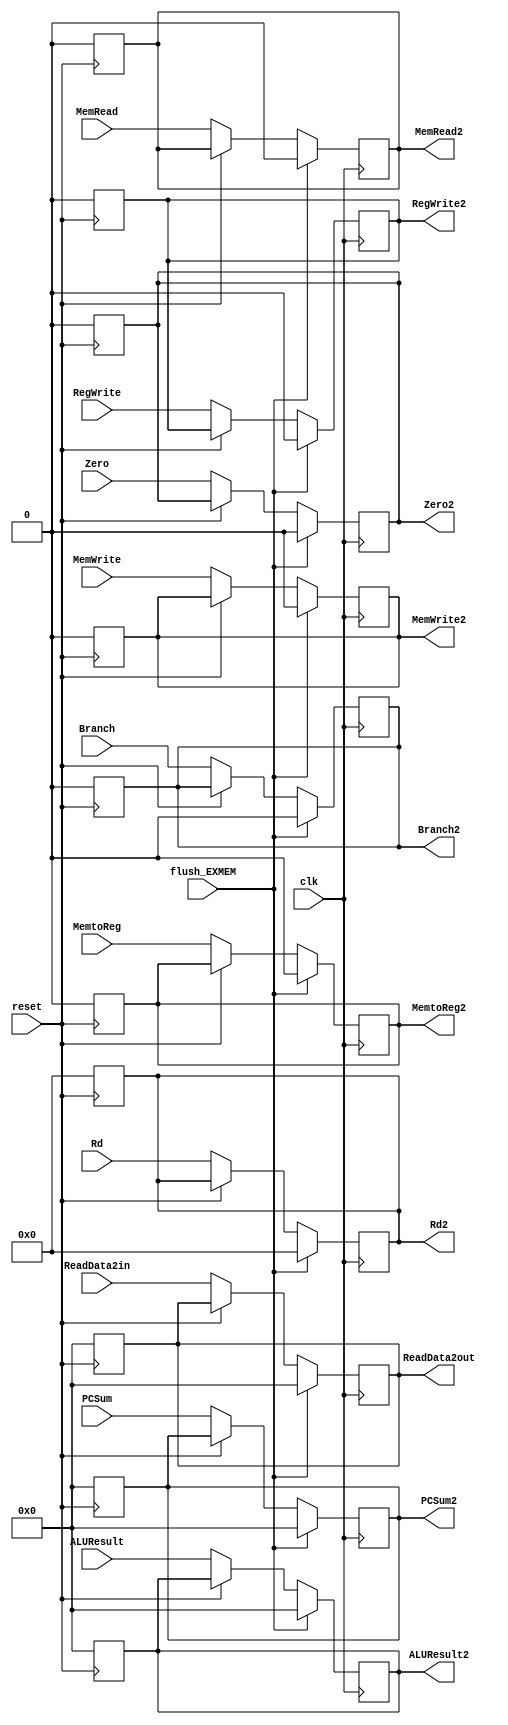
module EX_MEM
(
	input [63:0] PCSum,
	output reg [63:0] PCSum2,
	input [63:0] ALUResult,
	output reg [63:0] ALUResult2,
	input [63:0] ReadData2in,
	output reg [63:0] ReadData2out,
	input clk, reset, flush_EXMEM,
	input Branch, MemRead, MemtoReg, MemWrite, RegWrite, Zero,
	output reg Branch2, MemRead2, MemtoReg2, MemWrite2, RegWrite2, Zero2,
	input [4:0] Rd,
	output reg [4:0] Rd2
);

	always@(posedge clk)
	begin
		if (flush_EXMEM == 1'b1)
		begin
			PCSum2 <= 0;
			ALUResult2 <= 0;
			ReadData2out <= 0;
			Branch2 <= 0;
			MemtoReg2 <= 0;
			MemWrite2 <= 0;
			MemRead2 <= 0;
			RegWrite2 <= 0;
			Rd2 <= 0;
			Zero2 <= 0;
		end
		else
		begin
		if(reset == 1'b0)
		begin
		PCSum2 <= PCSum;
		ALUResult2 <= ALUResult;
		ReadData2out <= ReadData2in;
		Branch2 <= Branch;
		MemtoReg2 <= MemtoReg;
		MemWrite2 <= MemWrite;
		MemRead2 <= MemRead;
		RegWrite2 <= RegWrite;
		Rd2 <= Rd;
		Zero2 <= Zero;
		end
		end
	end
	
	always@(posedge reset)
	begin
		if(reset == 1'b1)
		begin
			PCSum2 <= 0;
			ALUResult2 <= 0;
			ReadData2out <= 0;
			Branch2 <= 0;
			MemtoReg2 <= 0;
			MemWrite2 <= 0;
			MemRead2 <= 0;
			RegWrite2 <= 0;
			Rd2 <= 0;
			Zero2 <= 0;
		end
	end
	
endmodule